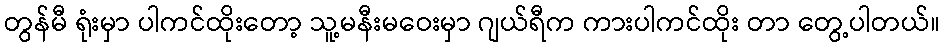
တွန်မီ ရုံးမှာ ပါကင်ထိုးတော့ သူ့မနီးမဝေးမှာ ဂျယ်ရီက ကားပါကင်ထိုး တာ တွေ့ပါတယ်။